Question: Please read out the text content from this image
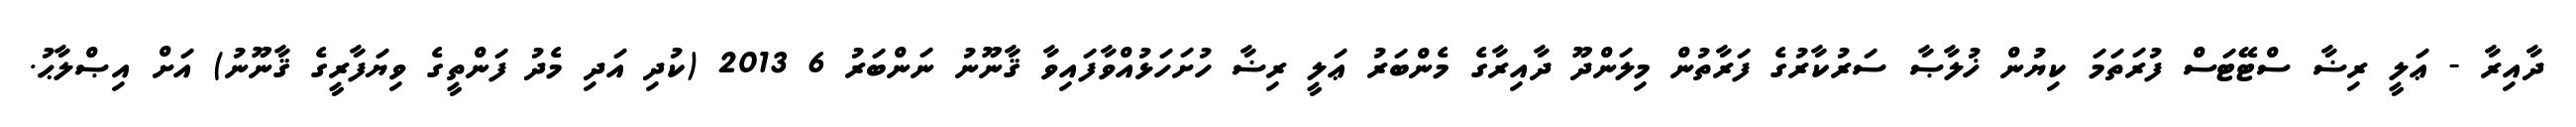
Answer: ދާއިރާ - ޢަލީ ރިޟާ ސްޓޭޓަސް ފުރަތަމަ ކިޔުން ޚުލާޞާ ސަރުކާރުގެ ފަރާތުން މިލަންދޫ ދާއިރާގެ މެންބަރު ޢަލީ ރިޟާ ހުށަހަޅުއްވާފައިވާ ޤާނޫނު ނަންބަރު 6 2013 (ކުދި އަދި މެދު ފަންތީގެ ވިޔަފާރީގެ ޤާނޫނު) އަށް އިޞްލާޙު.